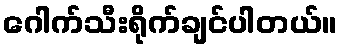
ဂေါက်သီးရိုက်ချင်ပါတယ်။